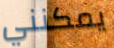
يمكنني